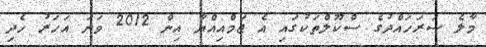
މާލެ ސަރަހައްދުގެ ސްކޫލްތަކުގައި އެ ޖަމްއިއްޔާ އިން 2012 ވަނަ އަހަރު ހެދި